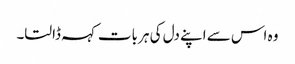
وہ اس سے اپنے دل کی ہر بات کہہ ڈالتا۔